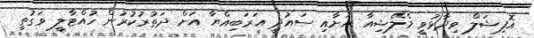
އޮފިޝަލް ވިދާޅުވީ މެލޭޝިއާ އަށާއި ސައުދީ އަރަބިއްޔާ އަށް ދަތުރުކުރުން ހުއްޓާލީ ވަގުތީ